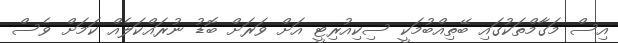
އިސް މަގާމްތަކުގައި ބޭތިއްބުމަކީ ސިކިއުރިޓީ އަށް ވަރަށް ބޮޑު ނުރައްކަލެއް ކަމަށް ވެސް